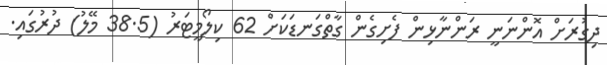
ދިގުރަށް އޮންނަނީ ރަންނާޅިން ފެށިގެން ގާތްގަނޑަކަށް 62 ކިލޯމީޓަރު (38.5 މޭލު) ދުރުގައި.